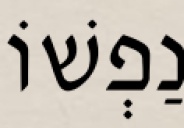
נַפְשׁוֹ